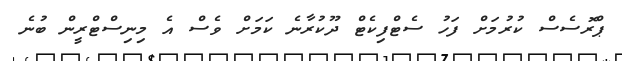
ޕްރޮސެސް ކުރުމަށް ފަހު ސެޓްފިކެޓް ދޫކުރާނެ ކަމަށް ވެސް އެ މިނިސްޓްރީން ބުނެ